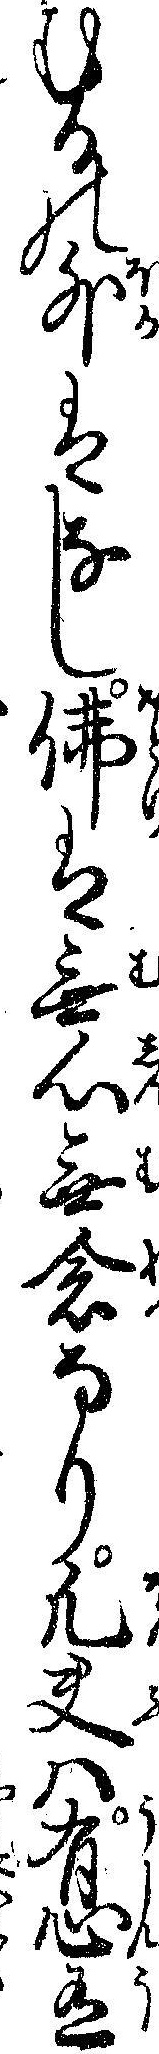
むるの外はなし仏は無心無念なり凡夫ハ有心有